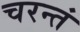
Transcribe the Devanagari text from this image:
चरन्तं